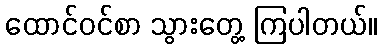
ထောင်ဝင်စာ သွားတွေ့ ကြပါတယ်။